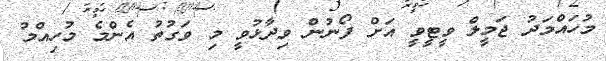
މުހައްމަދު ޖަމީލް ވީޓީވީ އަށް ފޯނުން ވިދާޅުވީ މި ވަގުތު އެންމެ މުހިއްމު